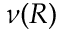
\nu ( R )